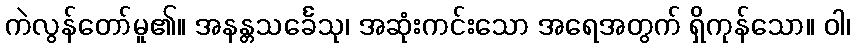
ကဲလွန်တော်မူ၏။ အနန္တသင်္ခေသု၊ အဆုံးကင်းသော အရေအတွက် ရှိကုန်သော။ ဝါ၊